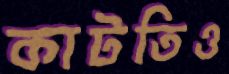
কাটতিও